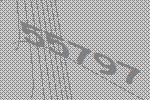
55797